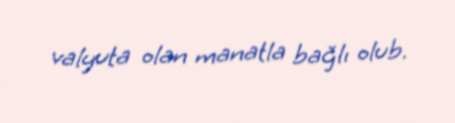
valyuta olan manatla bağlı olub.